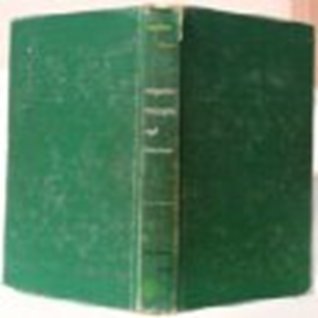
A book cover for Irrigation Principles and Practices 3rd edition 1962 hardback; Science & Math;